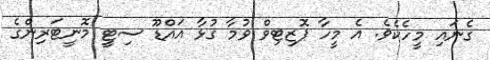
ގެނައި މީހެކެވެ. އެ މީހާ ޕޮޒިޓިވް ވުމާ ގުޅާ އައްޑޫ ސިޓީ މޮނީޓަރިންގެ